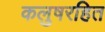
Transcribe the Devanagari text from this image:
कलुषरहित